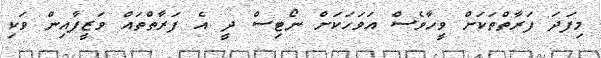
މިފަދަ ފަރާތްތަކަށް ވީހާވެސް އަވަހަކަށް ނޯޓިސް ދީ އެ ފަރާތްތައް ވަޒީފާއިން ވަކި